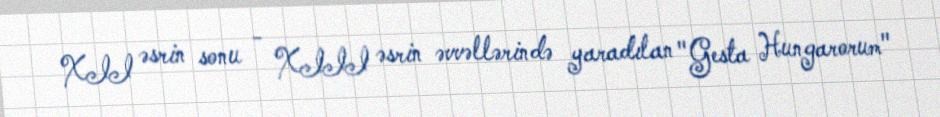
XII əsrin sonu - XIII əsrin əvvəllərində yaradılan "Gesta Hungarorum"